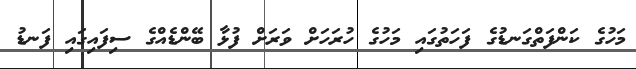
މަހުގެ ކަންފަތްގަނޑުގެ ފަހަތުގައި މަހުގެ ހުރަހަށް ވަރަށް ފުޅާ ބޭންޑެއްގެ ސިފައިގައި ފަނޑު